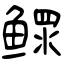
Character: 鳏